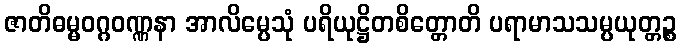
ဇာတိဓမ္မဝဂ္ဂဝဏ္ဏနာ အာလိမ္ပေသုံ ပရိယုဋ္ဌိတစိတ္တောတိ ပရာမာသသမ္ပယုတ္တဉ္စ